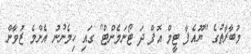
މުބާރާތުގެ "ޔޫއެފާ ޓީމް އޮފް ދަ ޓޯނަމެންޓް" ގައި ހިމެނުނު އެންމެ ޒުވާން